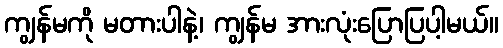
ကျွန်မကို မတားပါနဲ့၊ ကျွန်မ အားလုံးပြောပြပါ့မယ်။